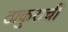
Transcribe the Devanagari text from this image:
ठाकुराची